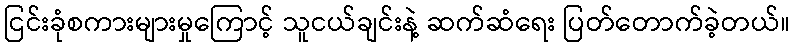
ငြင်းခုံစကားများမှုကြောင့် သူငယ်ချင်းနဲ့ ဆက်ဆံရေး ပြတ်တောက်ခဲ့တယ်။